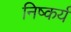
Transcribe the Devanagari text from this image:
निष्कर्य